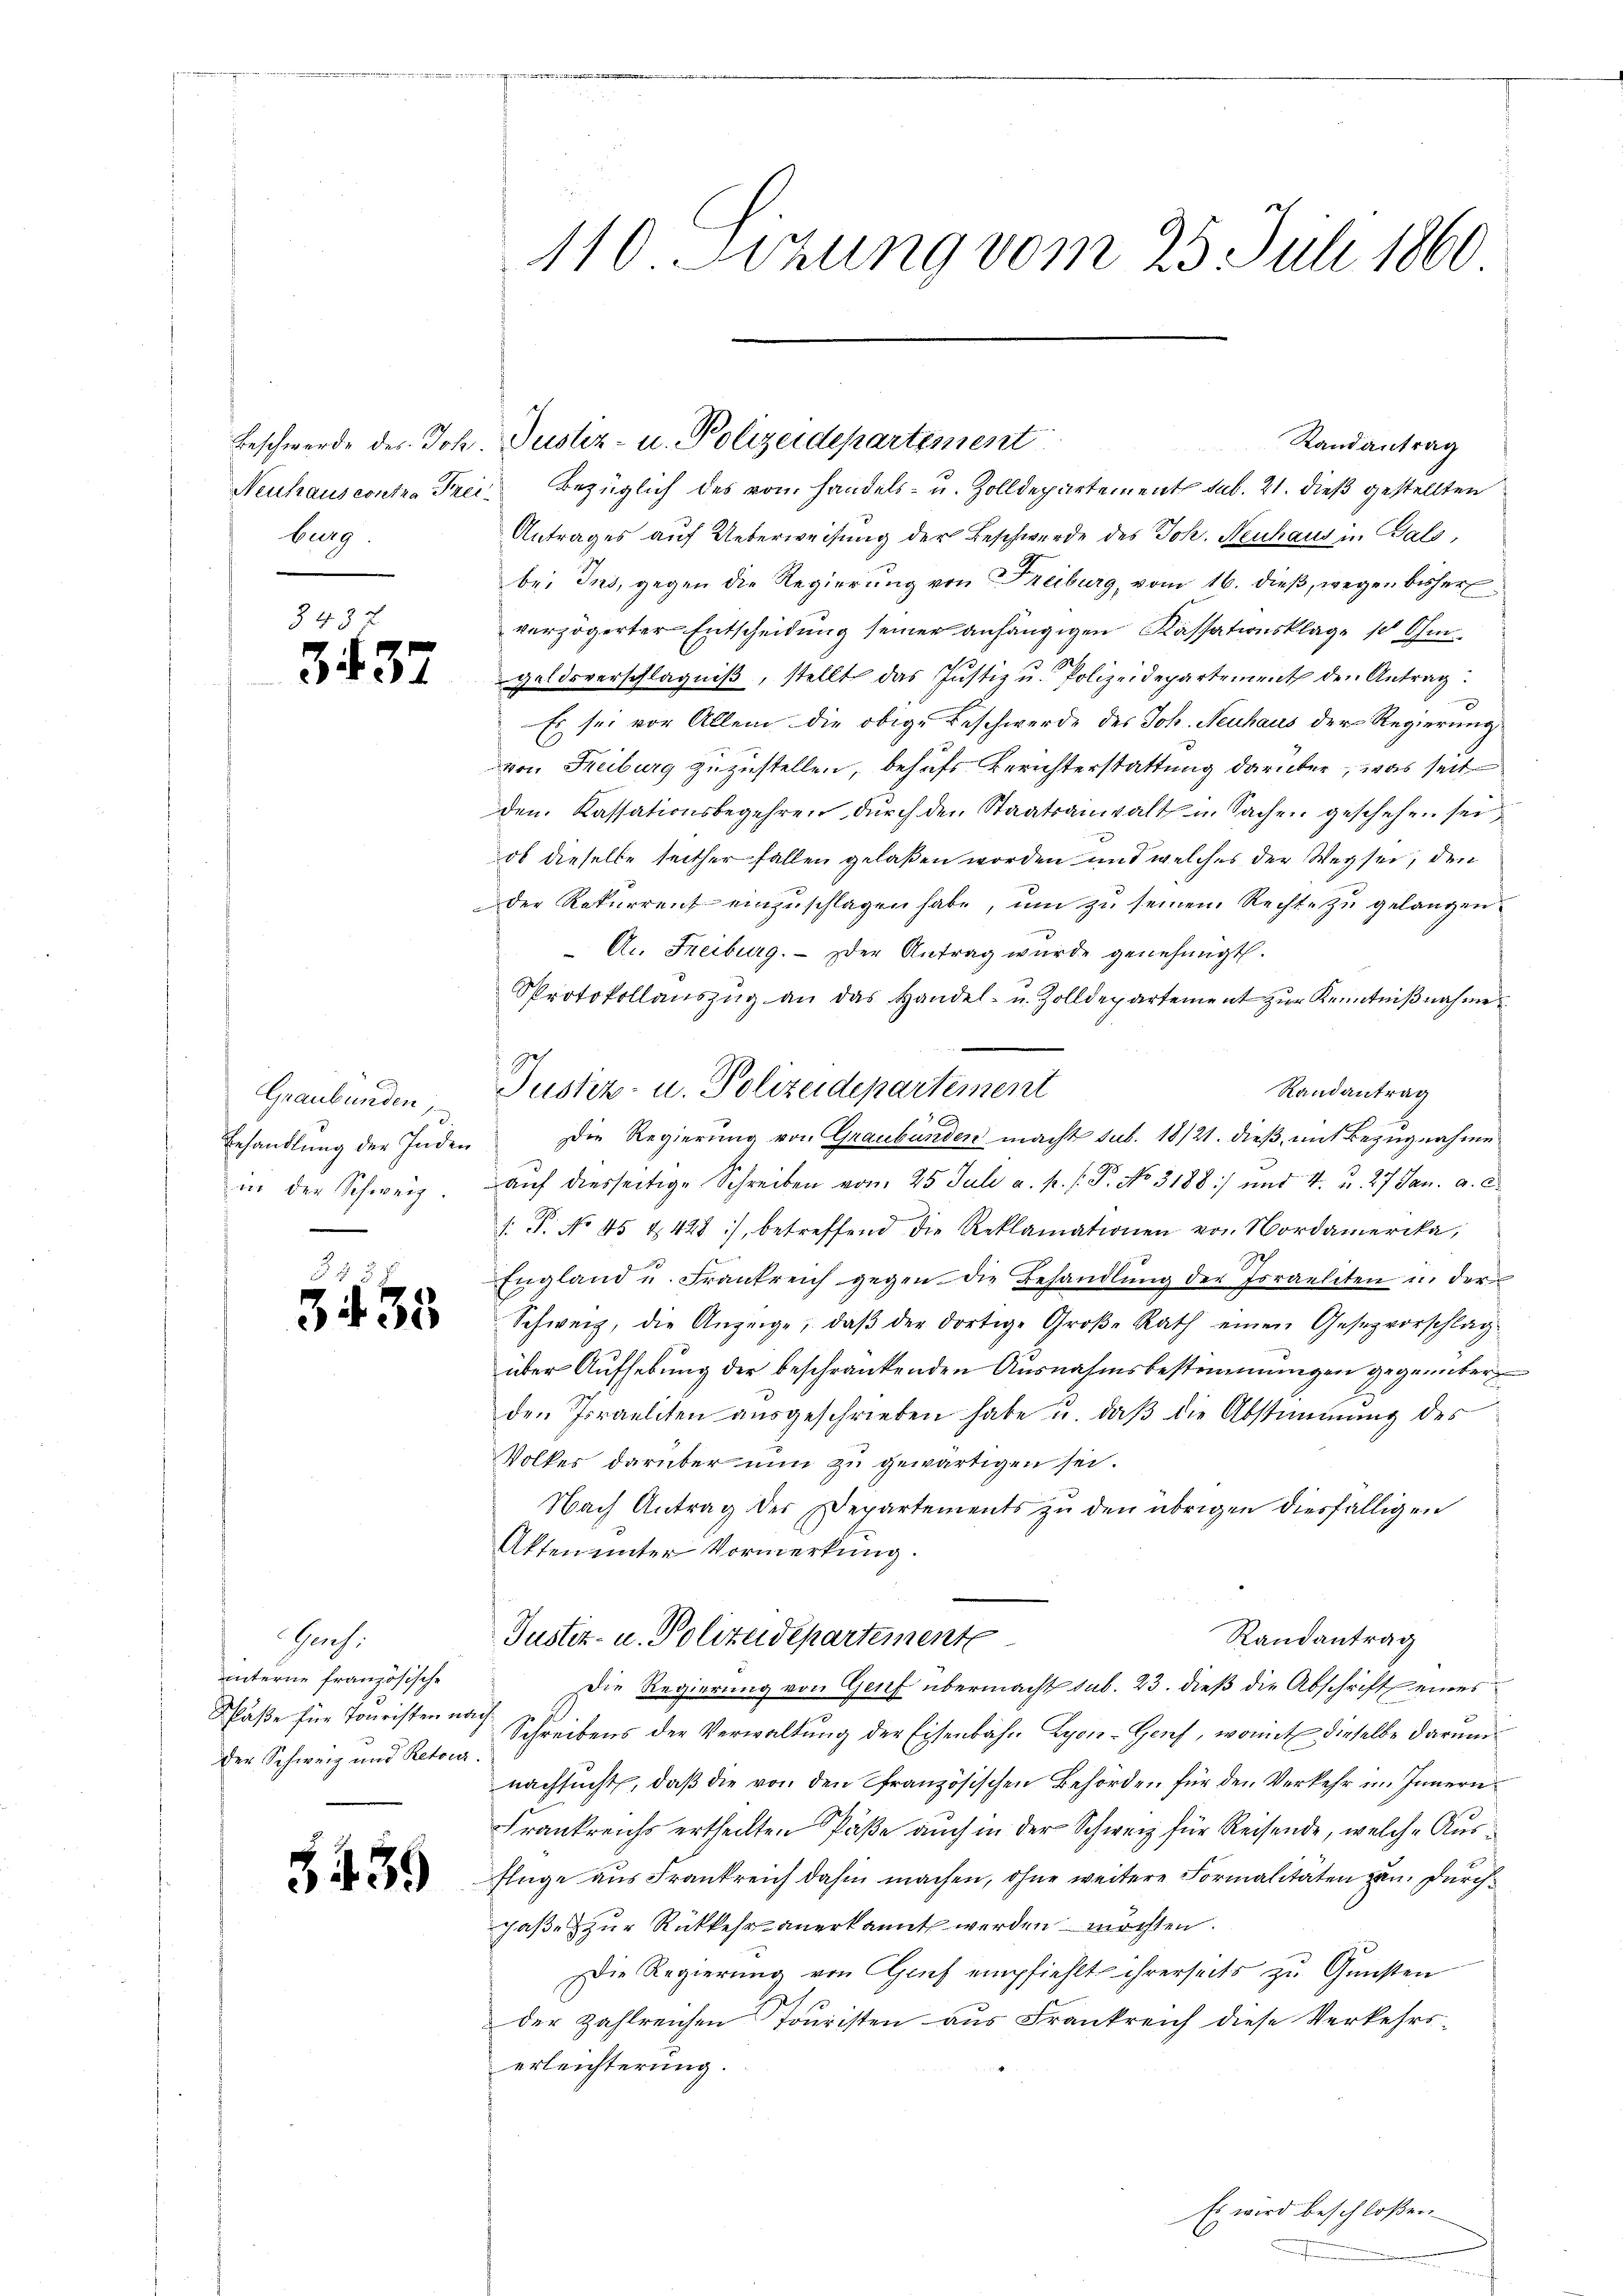
Beschwerde des Joh.
Neuhauscontra Prei
burg

3437

Graubünden
Behandlung der Inden
in der Schweiz.

3438

ach.
interne französische
Schlaße für Touristen no
der Schweiz und Retour

3439

110. Sizung vom 25. Juli 1860

Randantrag
Bezüglich des vom Handels- u. Zolldepartement sub. 21. dieß gestellten
Antrages auf Ueberweisung der Beschwerde des Joh. Neuhaus in Gals,
bei Ins, gegen die Regierung von Freiburg, vom 16. dieß, wegen bisher
verzögerter Entscheidung seiner anhängigen Kassationsklage so Ohmgeldsverschlägniß, stellt das Justiz u. Polizeidepartement den Antrag
Es sei vor Allem die obige Beschwerde des Joh. Neuhaus der Regierung
von Freiburg zuzustellen, behufs Berichterstattung darüber, was seit
den. Kassationsbegehren durch den Staatsanwalt u. Sachen geschehen sei,
ob dieselbe seither fallen gelaßen worden und welches der Weg sei, den
der Rekurrent einzuschlagen habe, um zu seinem Rechte zu gelangen
.
Ar. Freiburg. - Der Antrag wurde genehmigt.
Protokollaŭszŭg an das Handel- u. Zolldepartement zŭr Kenntniβnahme
Justiz- u. Polizeidepartement
Randantrag
Die Regierung von Graubünden macht sub. 18/21. dieß, mit Bezugnahme
aŭf diesseitige Schreiben vom 25 Juli a. p. /. P. No 3188) und 4. u. 27 Jan. a. c.
/. P. No 45 & 428), betreffend die Reklamationen von Nordamerika,
England u. Frankreich gegen die Behandlŭng der Israeliten u. der
Schweiz, die Anzeige, daβ der dortige Große Rath einen Gesezvorschlag
über Aufhebung der beschränkenden Ausnahmsbestimmungen gegenüber
den Israeliten ausgeschrieben habe u. daß die Abstimmung des
Volkes darüber nun zu gewärtigen sei.
Nach Antrag der Departements zu den übrigen diesfälligen
Akten unter Vormerkung.
Randantrag
Justiz- u. Polizeidepartement
Die Regierung von Genf übermacht sub. 23. dieß die Abschrift eines
Schreibens der Verwaltung der Eisenbahn Lyon-Genf, womit dieselbe darum
nachsucht, daß die von den französischen Behörden für den Verkehr im Innern
Frankreichs ertheilten Päße auch in der Schweiz für Reisende, welche Ausflüge aus Frankreich dahin machen, ohne weitere Formalitäten zum Durchcaße zur Rückkehr anerkannt werden möchten.
Die Regierung von Genf empfiehlt ihrerseits zu Gunsten
der zahlreichen Touristen aus Frankreich diese Verkehrs-
erleichterung.
Es wird beschloßen

Justiz- u. Polizeidepartement